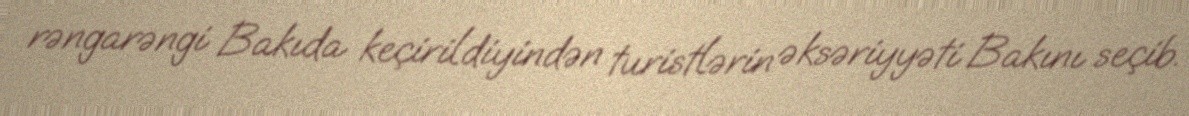
rəngarəngi Bakıda keçirildiyindən turistlərin əksəriyyəti Bakını seçib.